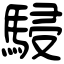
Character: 駸